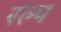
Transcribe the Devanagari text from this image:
रल्प